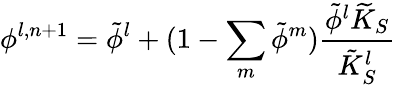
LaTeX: \phi^{l,n+1}=\tilde{\phi}^{l}+(1-\sum_{m}\tilde{\phi}^{m})\frac{\tilde{\phi}^{l}\widetilde{K}_{S}}{\tilde{K}_{S}^{l}}